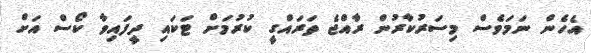
އެހެން ނަމަވެސް މިސަރުކާރުން ރާއްޖެ ތަރައްގީ ކުރުމަށް ޓަކައި ދީފައިވާ ކޯސް އަށް